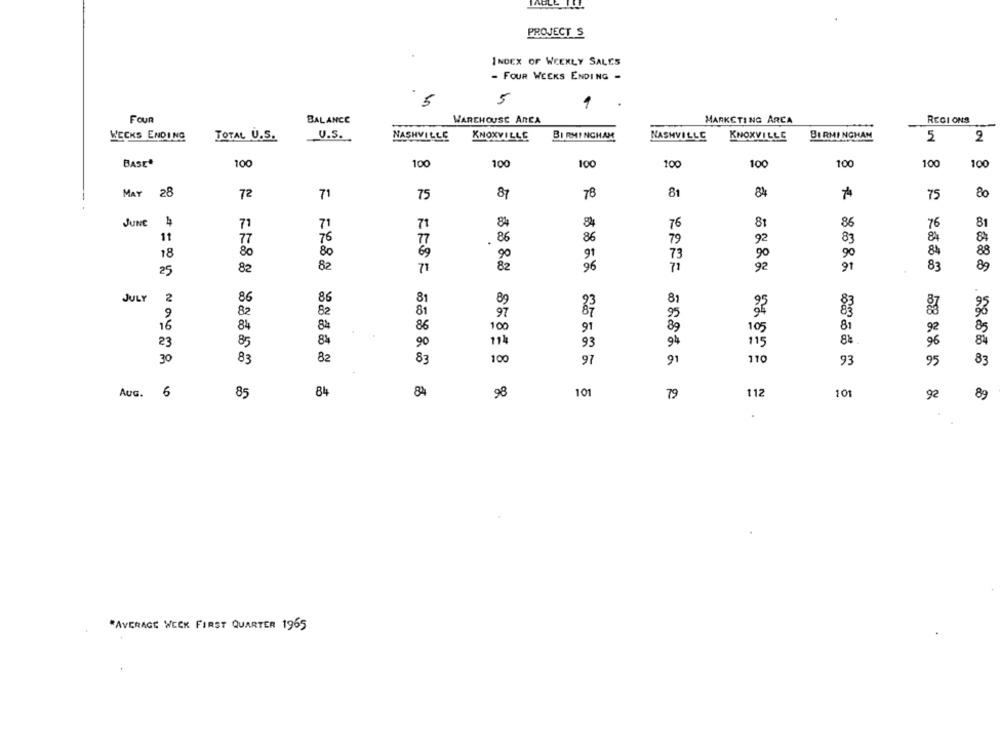
ROLE I
PROJECT S
INDEX OF WEEKLY SALES
- FOUR WEEKS ENDING -
5
5
Foun
BALANCE
WAREHOUSE AREA
MARKETING ARCA
REGI ONS
U.S.
BIRMINGHAM
NASHVILLE
BIRMINGHAM
5
WECKS ENDING
TOTAL U.S.
NASHVILLE
KNOXVILLE
KNOXVILLE
2
BASE*
100
100
100
100
100
100
100
100
100
MAY
28
72
71
75
87
78
81
84
75
80
JUNE
71
84
84
76
81
86
76
81
71
71
11
76
77
86
86
83
84
84
77
79
92
18
80
80
69
90
91
73
90
90
84
88
82
82
71
82
96
71
92
83
89
25
JULY
2
86
86
81
81
89
9
82
82
81
97
95
16
84
84
86
100
91
89
105
81
92
85
23
85
84
90
114
93
94
115
8%.
96
84
30
83
82
83
100
110
83
97
93
95
AUG. 6
85
84
84
98
101
79
112
101
89
"AVERAGE WECK FIRST QUARTER 1965